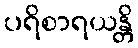
ပရိစာရယန္တိ